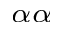
_ { \alpha \alpha }